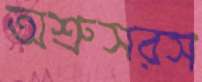
অশ্রুসরস